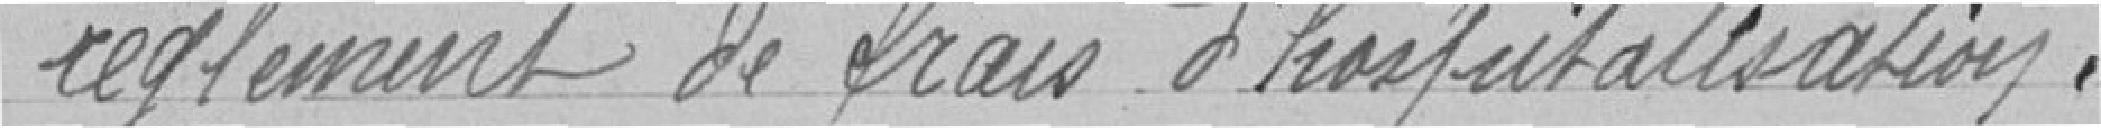
règlement de frais d'hospitalisation